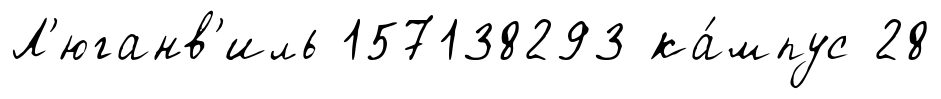
Л'юганв'иль 157138293 ка́мпус 28